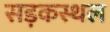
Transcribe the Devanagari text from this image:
सड़कस्थल